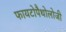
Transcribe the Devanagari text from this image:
फायटोपैथोलोजी